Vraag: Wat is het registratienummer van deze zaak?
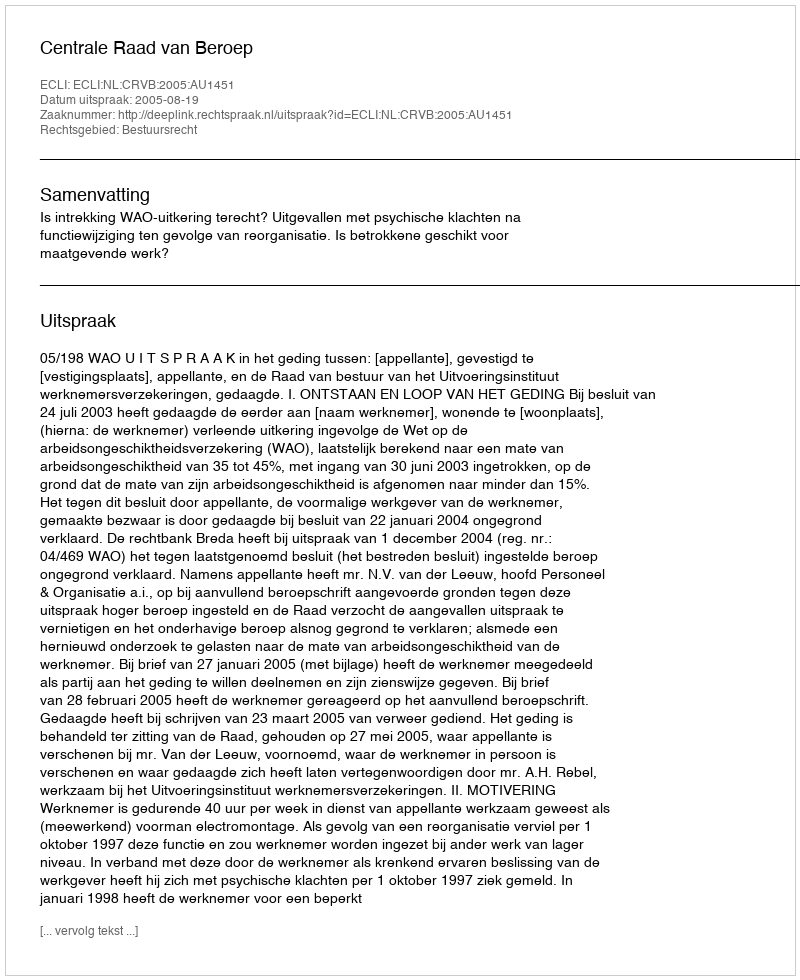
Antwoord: http://deeplink.rechtspraak.nl/uitspraak?id=ECLI:NL:CRVB:2005:AU1451